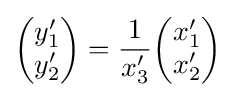
{\begin{pmatrix}y'_{1}\\y'_{2}\end{pmatrix}}={\frac {1}{x'_{3}}}{\begin{pmatrix}x'_{1}\\x'_{2}\end{pmatrix}}